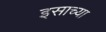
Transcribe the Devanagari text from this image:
इसाच्या